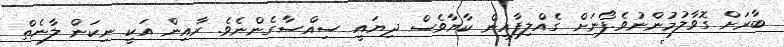
ބާރަށް ގޮވާލުމުންނުވެ.ފޯނަށް ގެއްލިފާއިން ކާޔާވެސް ދިޔައީ ސިއްސާގެންނެވެ. ރާއިން އަކީ ނިކަން ލާނެތް